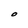
Character: O